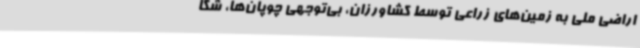
اراضی ملی به زمین‌های زراعی توسط کشاورزان، بی‌توجهی چوپان‌ها، شکا